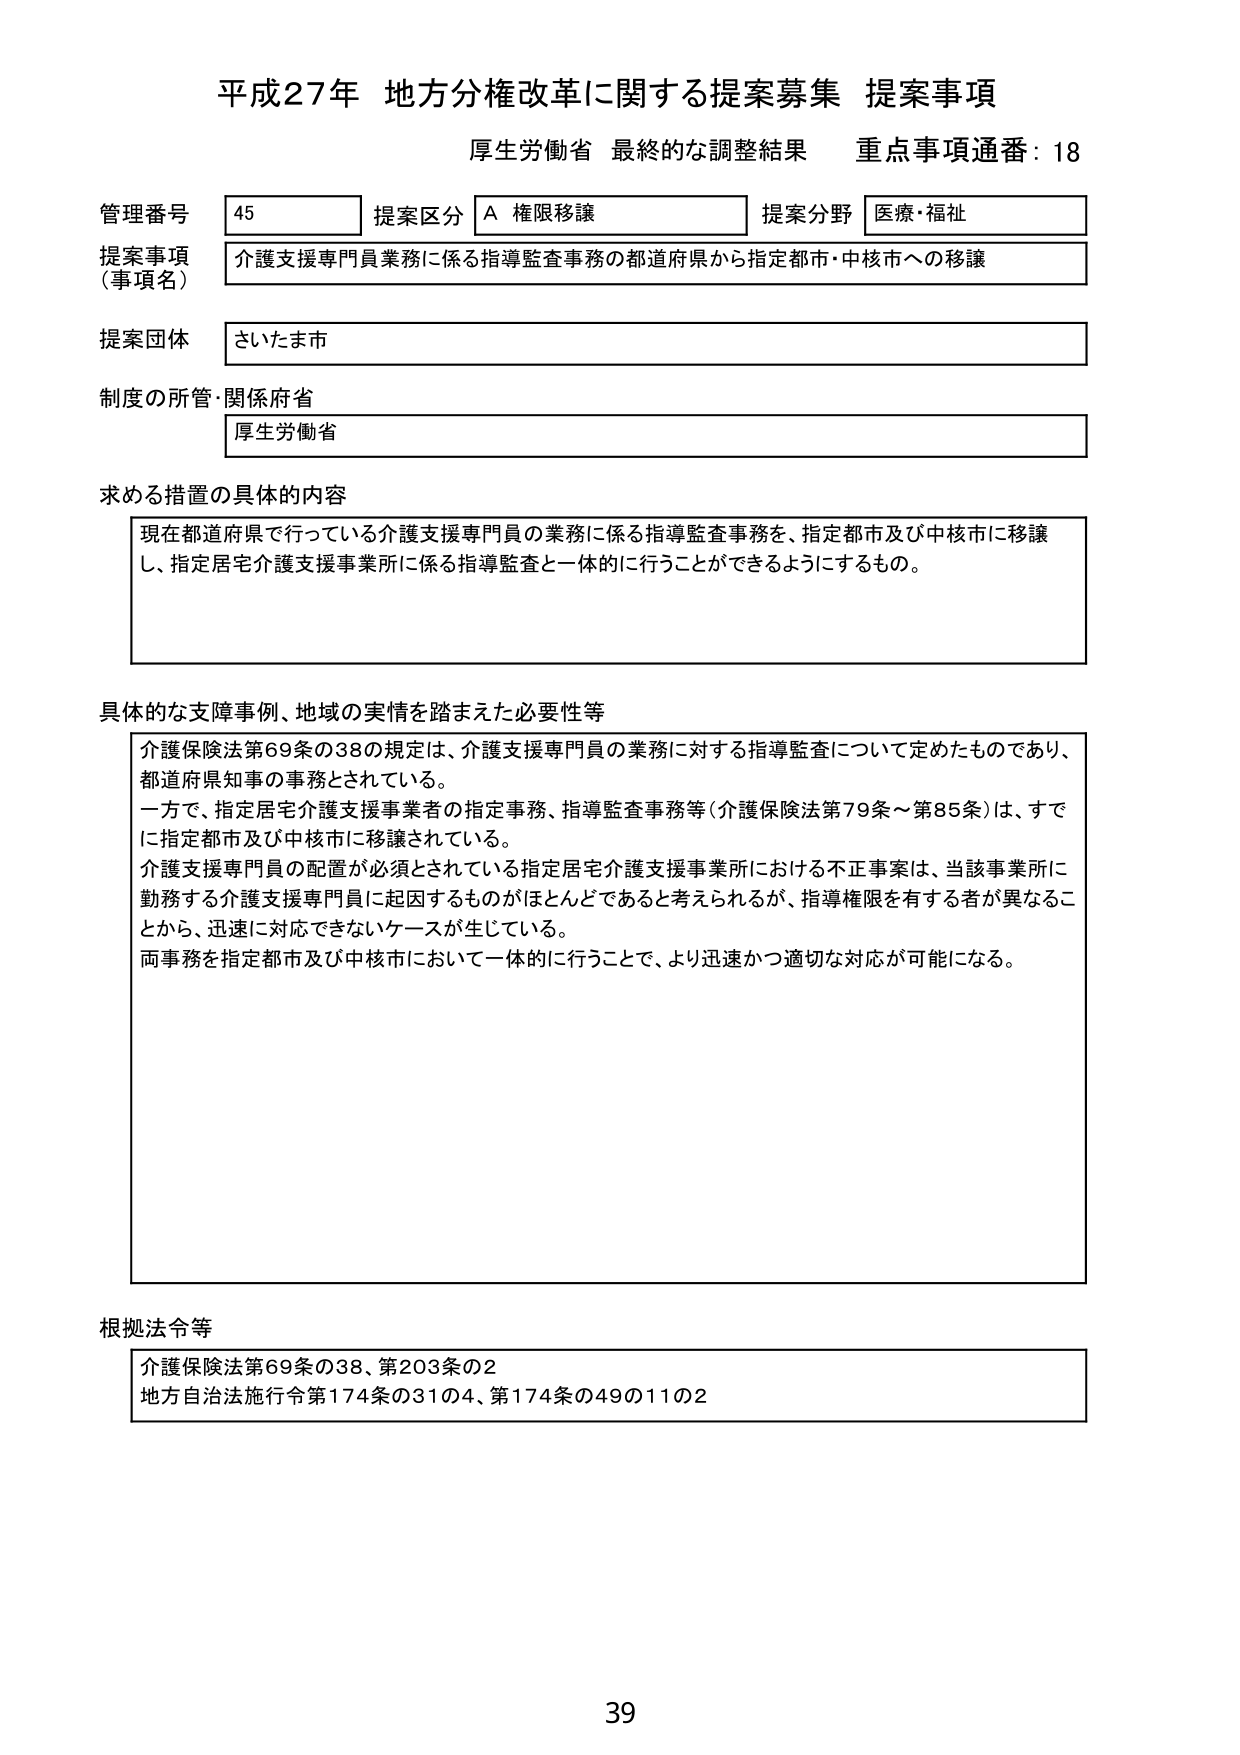
平成27年 地方分権改革に関する提案募集 提案事項
厚生労働省 最終的な調整結果 重点事項通番：18

管理番号 45 提案区分 A 権限移譲 提案分野 医療・福祉
提案事項（事項名） 介護支援専門員業務に係る指導監査事務の都道府県から指定都市・中核市への移譲
提案団体 さいたま市
制度の所管・関係府省 厚生労働省

求める措置の具体的内容
現在都道府県で行っている介護支援専門員の業務に係る指導監査事務を、指定都市及び中核市に移譲し、指定居宅介護支援事業所に係る指導監査と一体的に行うことができるようするもの。

具体的な支障事例、地域の実情を踏まえた必要性等
介護保険法第69条の38の規定は、介護支援専門員の業務に対する指導監査について定めたものであり、都道府県知事の事務とされている。
一方で、指定居宅介護支援事業者の指定事務、指導監査事務等（介護保険法第79条～第85条）は、すでに指定都市及び中核市に移譲されている。
介護支援専門員の配置が必須とされている指定居宅介護支援事業所における不正事案は、当該事業所に勤務する介護支援専門員に起因するものがほとんどであると考えられるが、指導権限を有する者が異なることから、迅速に対応できないケースが生じている。
両事務を指定都市及び中核市において一体的に行うことで、より迅速かつ適切な対応が可能になる。

根拠法令等
介護保険法第69条の38、第203条の2
地方自治法施行令第174条の31の4、第174条の49の11の2

39